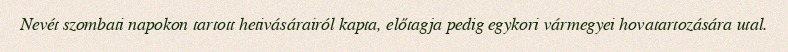
Nevét szombati napokon tartott hetivásárairól kapta, előtagja pedig egykori vármegyei hovatartozására utal.